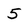
Character: 5